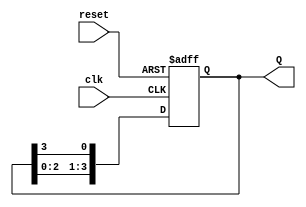
module synchronous_ring_counter (
    input wire clk,       // Clock input
    input wire reset,     // Reset input
    output reg [3:0] Q    // 4-bit output representing the state
);

// Maximum number of bits for the ring counter
parameter COUNTER_LENGTH = 4;

// Sequential logic for the ring counter
always @(posedge clk or posedge reset) begin
    if (reset) begin
        // Initialize to '1000' state on reset
        Q <= 4'b1000;
    end else begin
        // Shift the bits to the right 
        Q <= {Q[COUNTER_LENGTH-2:0], Q[COUNTER_LENGTH-1]};
    end
end

endmodule